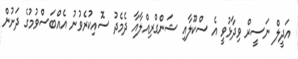
އަދީލް ނަސީރް ވިދާޅުވީ އެ ސްކޫލާއި ޝަންގްރިއްލާއާ ދެމެދު ސޮއިކުރެވުނު އެއްބަސްވުމުގެ ދަށުން